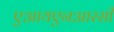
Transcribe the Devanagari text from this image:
एआयएनआरसी